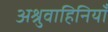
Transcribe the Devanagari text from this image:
अश्रुवाहिनियाँ